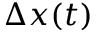
\Delta x ( t )